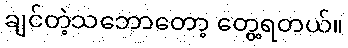
ချင်တဲ့သဘောတော့ တွေ့ရတယ်။